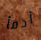
أدفأ